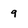
Character: 9